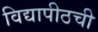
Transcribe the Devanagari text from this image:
विद्यापीठची